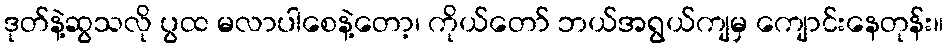
ဒုတ်နဲ့ဆွသလို ပွထ မလာပါစေနဲ့တော့၊ ကိုယ်တော် ဘယ်အရွယ်ကျမှ ကျောင်းနေတုန်း။